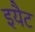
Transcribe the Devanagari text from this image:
इयैट